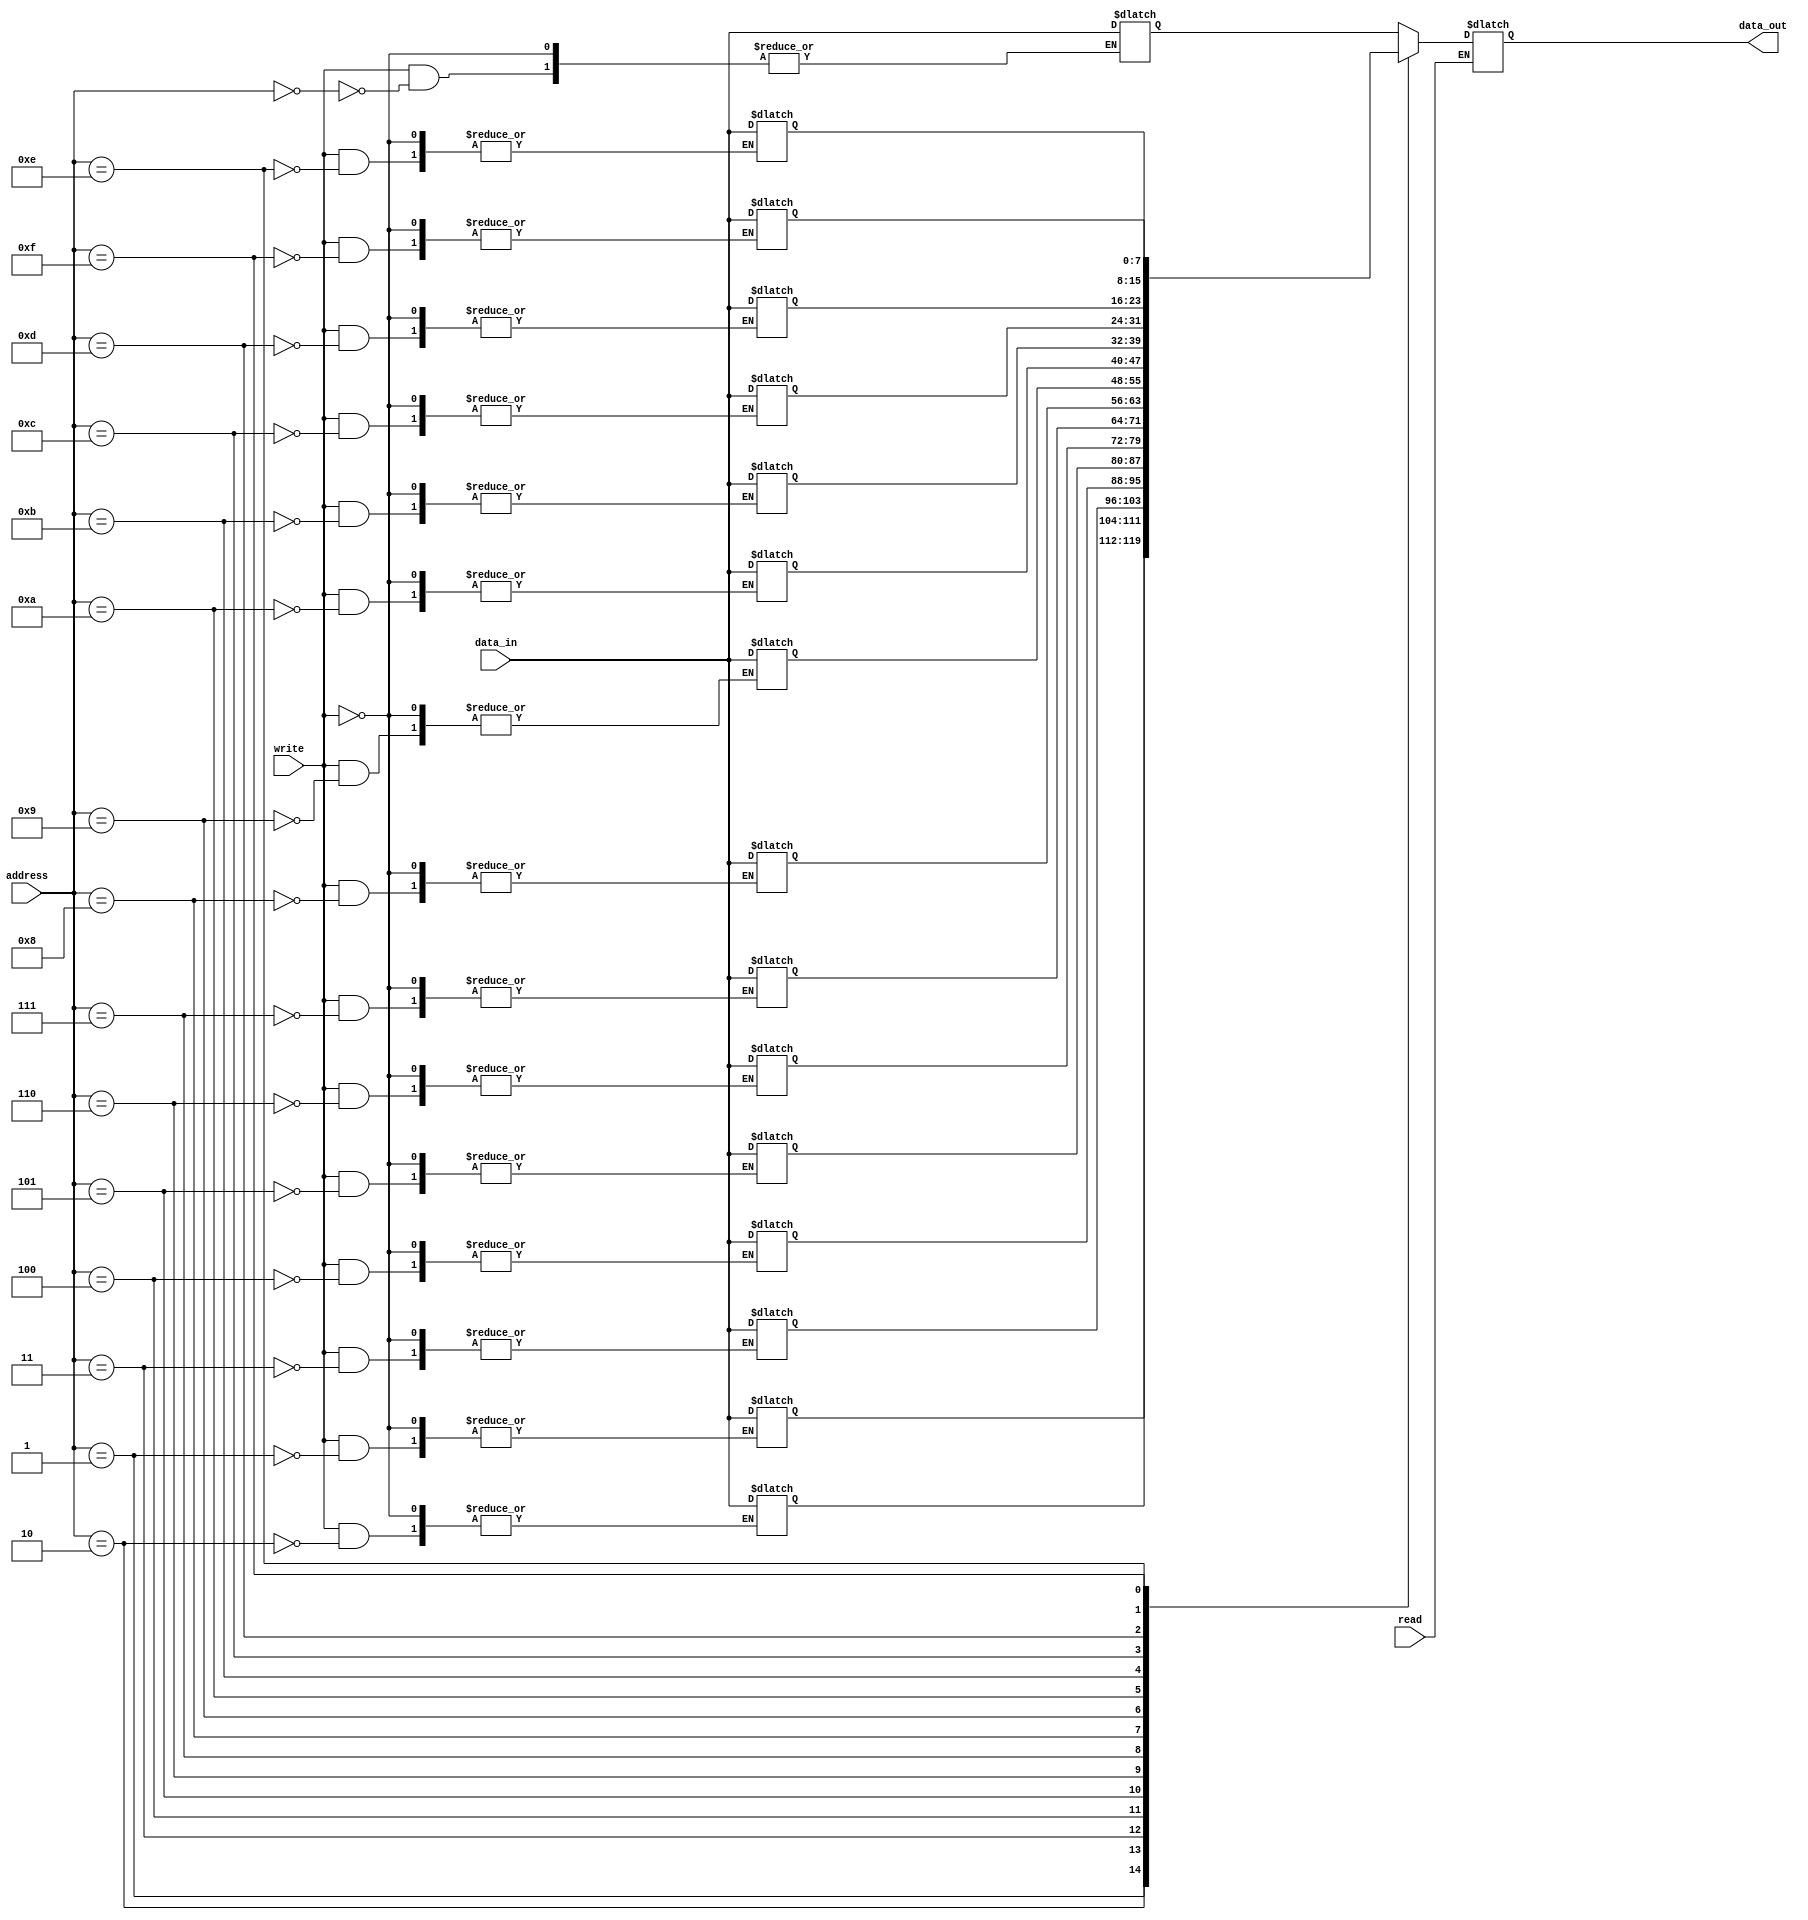
module memory_module (
  input [3:0] address,
  input read,
  input write,
  input [7:0] data_in,
  output reg [7:0] data_out
);

  reg [7:0] memory [15:0];

  initial begin
    memory[0] = 8'b01001100;
    memory[1] = 8'b01011010;
    memory[2] = 8'b01111010;
    memory[3] = 8'b01110000;
    memory[4] = 8'b01110000;
    memory[5] = 8'b01110000;
    memory[6] = 8'b01110000;
    memory[7] = 8'b01110000;
    memory[8] = 8'b01110000;
    memory[9] = 8'b01110000;
    memory[10] = 8'b00001000;
    memory[11] = 8'b01110000;
    memory[12] = 8'b00001110;
    memory[13] = 8'b01110000;
    memory[14] = 8'b01110000;
    memory[15] = 8'b01110000;
  end

  always @(*) begin

    if (read) begin
      data_out <= memory[address];
    end

    if (write) begin
      memory[address] <= data_in;
    end
  end

endmodule